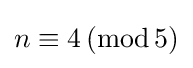
n\equiv 4\,(\operatorname {mod} 5)